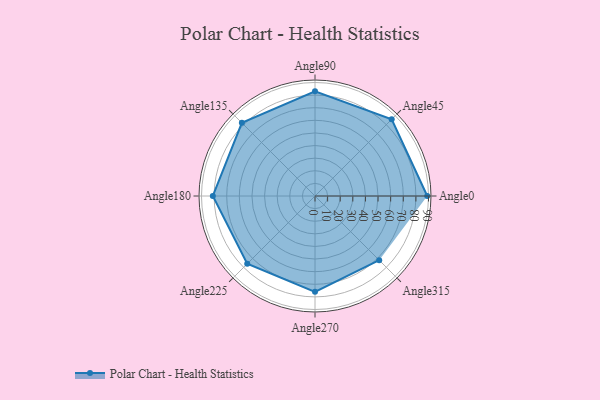
{"axis": {"x": "Angle", "y": "Radius"}, "legend": [""], "data": [{"x": "Angle0", "y": 89.0, "type": ""}, {"x": "Angle45", "y": 86.0, "type": ""}, {"x": "Angle90", "y": 83.0, "type": ""}, {"x": "Angle135", "y": 82.0, "type": ""}, {"x": "Angle180", "y": 81.0, "type": ""}, {"x": "Angle225", "y": 76.0, "type": ""}, {"x": "Angle270", "y": 76.0, "type": ""}, {"x": "Angle315", "y": 72.0, "type": ""}]}